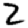
Digit: 2